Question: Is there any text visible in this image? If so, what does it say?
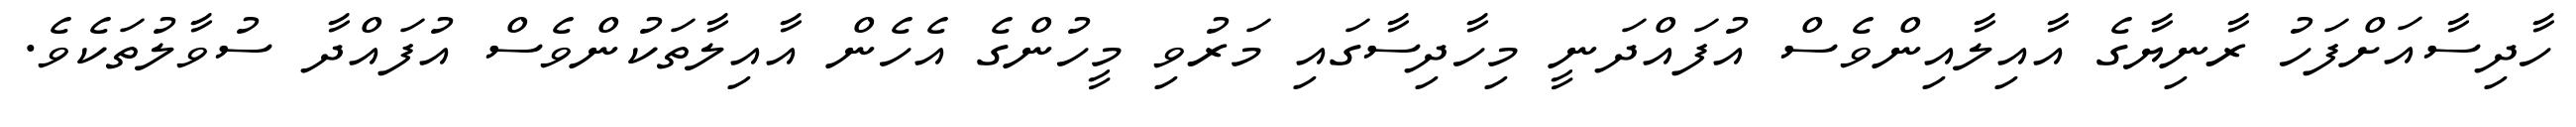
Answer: ހާދިސާއަށްފަހު ރާނިޔާގެ އާއިލާއިންވެސް އުފައްދަނީ މިހާދިސާގައި މަރުވި މީހުންގެ އެހެން އާއިލާތަކުންވެސް އުފައްދާ ސުވާލުތަކެވެ.